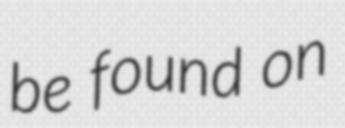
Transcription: be found on